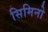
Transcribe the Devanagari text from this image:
सिमिनो